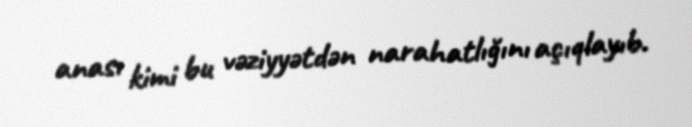
anası kimi bu vəziyyətdən narahatlığını açıqlayıb.